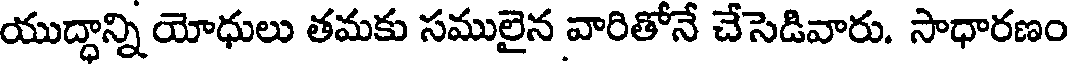
యుద్ధాన్ని యోధులు తమకు సములైన వారితోనే చేసెడివారు. సాధారణం